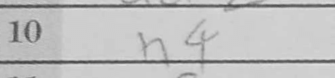
Transcription: h4